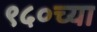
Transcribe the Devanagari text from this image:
९५०च्या